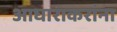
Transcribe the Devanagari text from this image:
आघाराकरांना